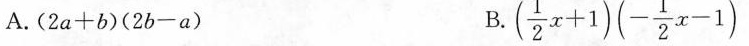
A.(2a+b)(2b-a) ( $$(\frac{1}{2}x+1)(- \frac{1}{2}x-1)$$